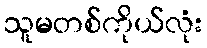
သူမတစ်ကိုယ်လုံး